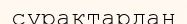
сұрақтардан